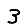
Digit: 3